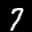
Label: 7